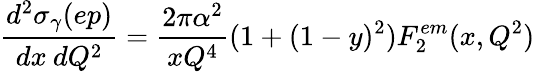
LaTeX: \frac{d^{2}\sigma_{\gamma}(ep)}{dx\: dQ^{2}}=\frac{2\pi\alpha^{2}}{xQ^{4}}(1+(1-y)^{2})F_{2}^{em}(x,Q^{2})